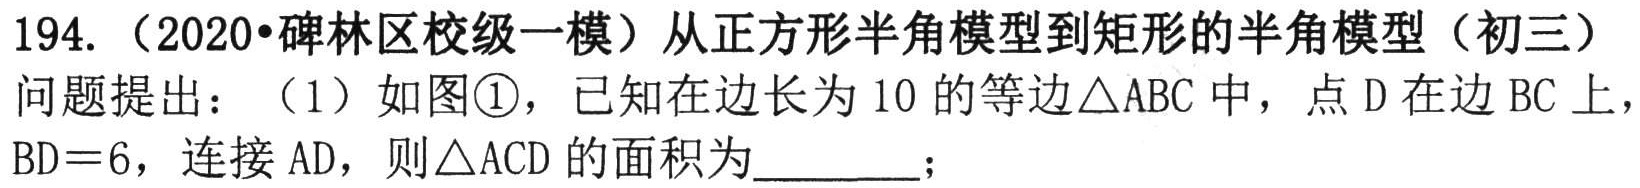
194.（2020•碑林区校级一模）从正方形半角模型到矩形的半角模型（初三）
问题提出：（1）如图\textcircled{1}，已知在边长为\(10\)的等边\(\triangle ABC\)中，点\(D\)在边\(BC\)上，\(BD = 6\)，连接\(AD\)，则\(\triangle ACD\)的面积为  ；